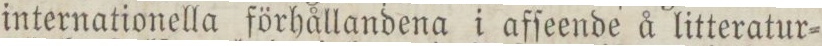
internationella förhållandena i afſeende å litteratur=